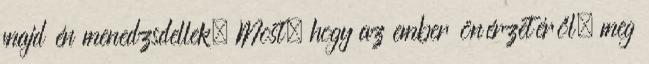
majd én menedzsdellek. Most, hogy az ember önérzetéről, meg